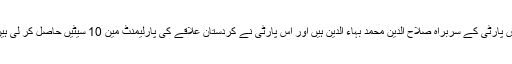
اس پارٹی کے سربراہ صلاح الدین محمد بہاء الدین ہیں اور اس پارٹی نے کردستان علاقے کی پارلیمنٹ مین 10 سیٹیں حاصل کر لی ہیں۔